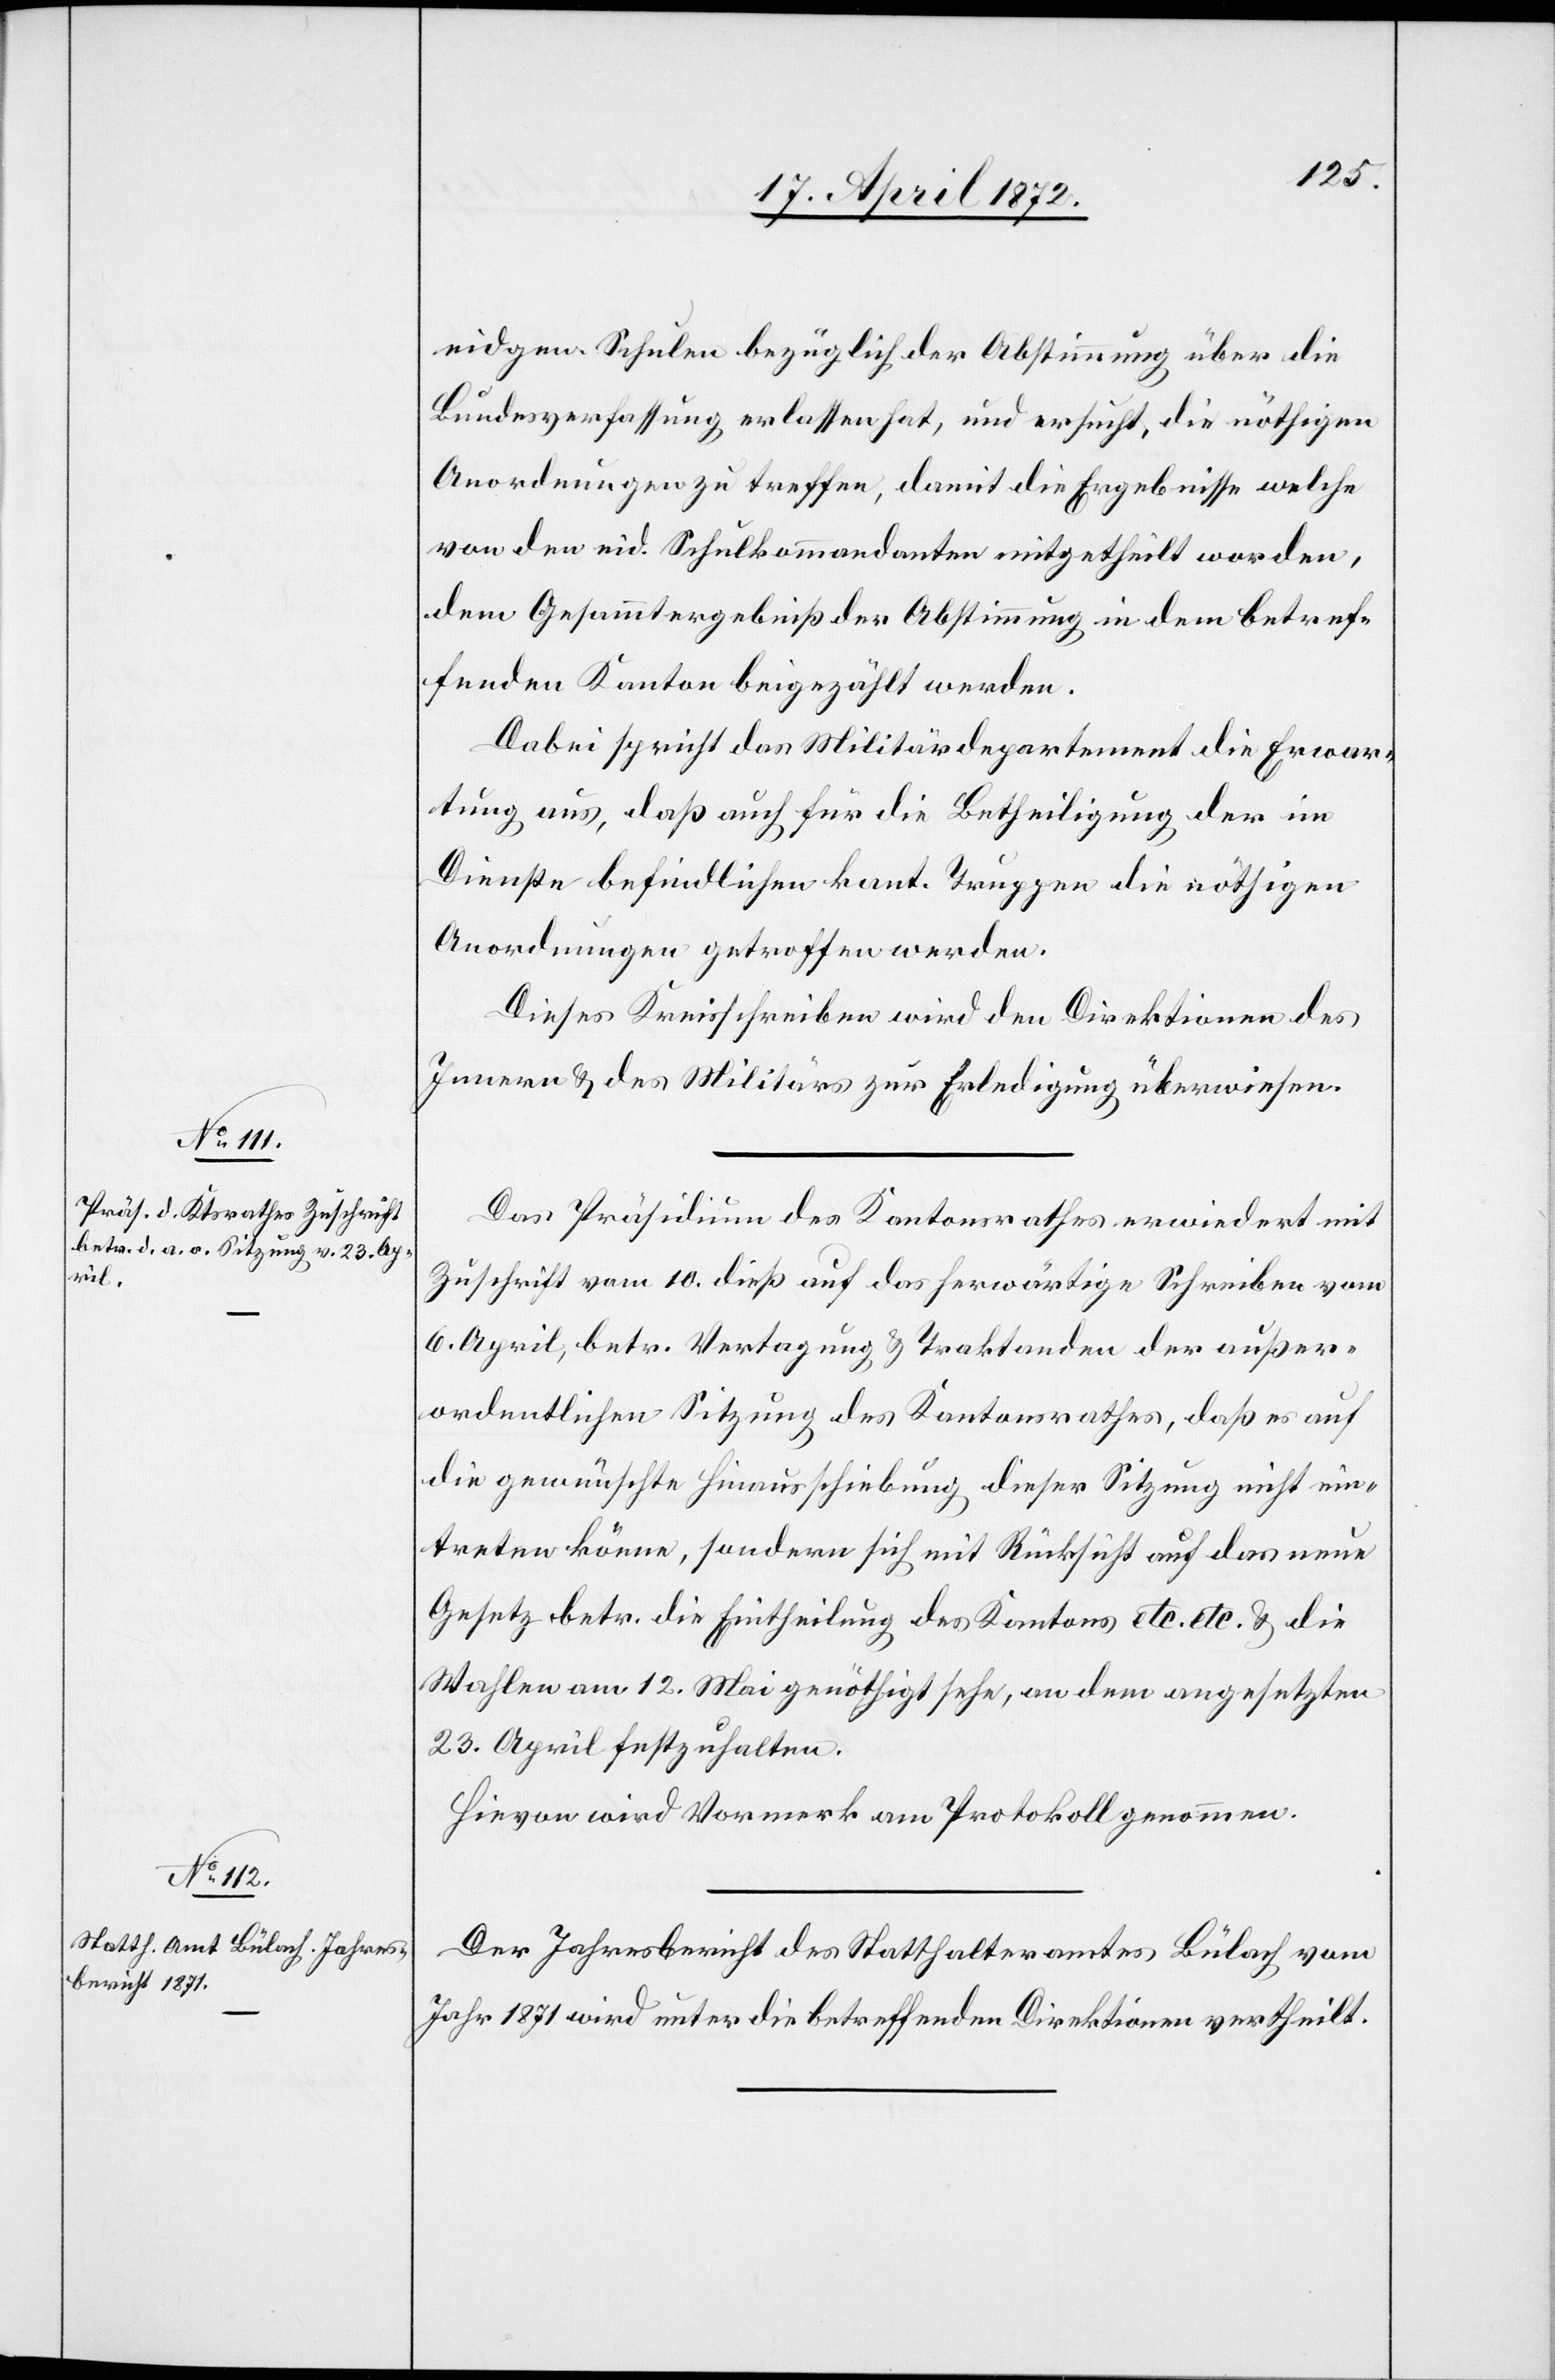
eidgen. Schulen bezüglich Abstimmung über die
Bundesverfassung erlassen hat, und ersucht, die nöthigen
Anordnungen zu treffen, damit die Ergebnisse welche
von den eid. Schulkommandanten mitgetheilt worden,
dem Gesammtergebniß der Abstimmung in dem betref¬
fenden Kanton beigezählt werden.
Dabei spricht das Militärdepartement die Erwar¬
tung aus, daß auch für die Betheiligung der im
Dienste befindlichen kant. Truppen die nöthigen
Anordnungen getroffen werden.
Dieses Kreisschreiben wird den Direktionen des
Innern u. des Militärs zur Erledigung überwiesen.
Das Präsidium des Kantonsrathes erwiedert mit
Zuschrift vom 10. dieß auf das herwärtige Schreiben vom
6. April, betr. Vertagung u. Traktanden der außer¬
ordentlichen Sitzung des Kantonsrathes, daß es auf
die gewünschte Hinausschiebung dieser Sitzung nicht ein¬
treten könne, sondern sich mit Rücksicht auf das neue
Gesetz betr. die Eintheilung des Kantons etc. etc. u. die
Wahlen am 12. Mai genöthigt sehe, an dem angesetzten
23. April festzuhalten.
Hievon wird Vormerk am Protokoll genommen.
Der Jahresbericht des Statthalteramtes Bülach vom
Jahr 1871 wird unter die betreffenden Direktionen vertheilt.